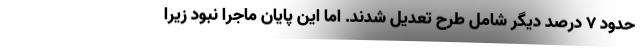
حدود 7 درصد دیگر شامل طرح تعدیل شدند. اما این پایان ماجرا نبود زیرا